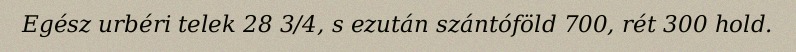
Egész urbéri telek 28 3/4, s ezután szántóföld 700, rét 300 hold.